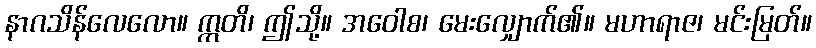
နာဂသိန်လေလော။ ဣတိ၊ ဤသို့။ အဝေါစ၊ မေးလျှောက်၏။ မဟာရာဇ၊ မင်းမြတ်။